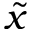
\tilde { x }